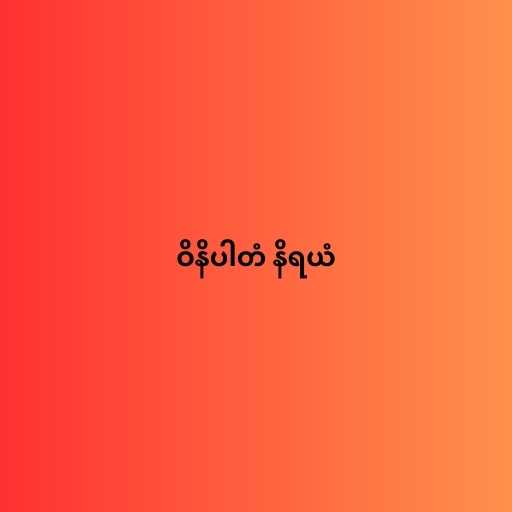
ဝိနိပါတံ နိရယံ